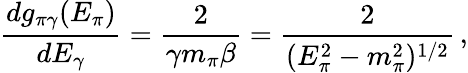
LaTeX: \frac{dg_{\pi\gamma}(E_{\pi})}{dE_{\gamma}}=\frac{2}{\gamma m_{\pi}\beta}=\frac{2}{(E_{\pi}^{2}-m_{\pi}^{2})^{1/2}}\, ,